Report on the bubonic plague in Bombay, 1896-1897
Year: 1896
Disease focus: Plague
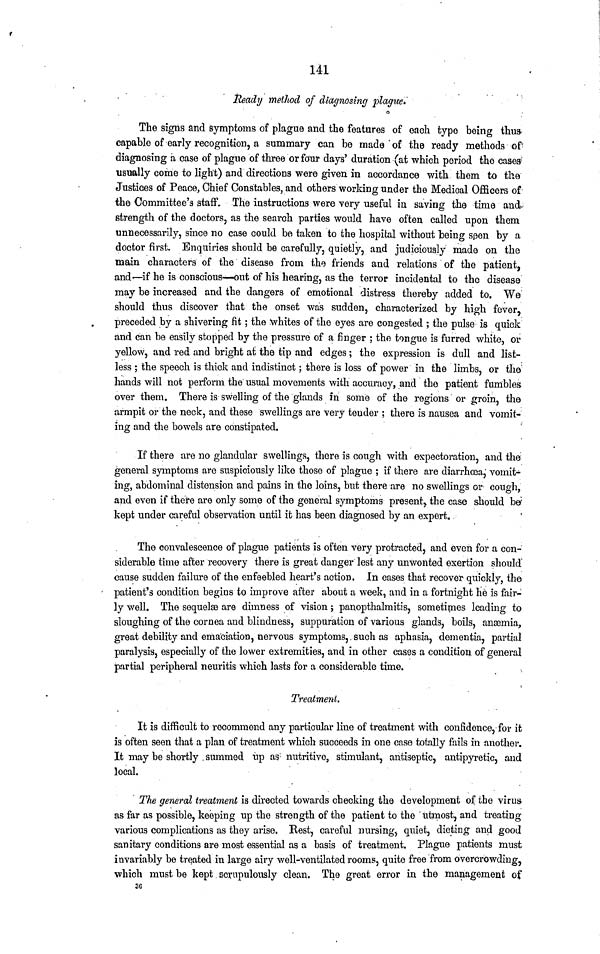
141
Ready method of diagnosing plague.
The signs and symptoms of plague and the features of each type being thus-
capable of early recognition, a summary can be made of the ready methods of
diagnosing a case of plague of three or four days' duration (at which period the cases
usually come to light) and directions were given in accordance with them to the
Justices of Peace, Chief Constables, and others working under the Medical Officers of
the Committee's staff. The instructions were very useful in saving the time and
strength of the doctors, as the search parties would have often called upon them
unnecessarily, since no case could be taken to the hospital without being seen by a
doctor first. Enquiries should be carefully, quietly, and judiciously made on the
main characters of the disease from the friends and relations of the patient,
and—if he is conscious—out of his hearing, as the terror incidental to the disease
may be increased and the dangers of emotional distress thereby added to. We
should thus discover that the onset was sudden, characterized by high fever,
preceded by a shivering fit ; the whites of the eyes are congested ; the pulse is quick
and can be easily stopped by the pressure of a finger ; the tongue is furred white, or
yellow, and red and bright at the tip and edges ; the expression is dull and list-
less ; the speech is thick and indistinct ; there is loss of power in the limbs, or the
hands will not perform the usual movements with accuracy, and the patient fumbles
over them. There is swelling of the glands in some of the regions or groin, the
armpit or the neck, and these swellings are very tender ; there is nausea and vomit-
ing and the bowels are constipated.
If there are no glandular swellings, there is cough with expectoration, and the
general symptoms are suspiciously like those of plague ; if there are diarrhœa, vomit-
ing, abdominal distension and pains in the loins, but there are no swellings or cough,
and even if there are only some of the general symptoms present, the case should be
kept under careful observation until it has been diagnosed by an expert.
The convalescence of plague patients is often very protracted, and even for a con-
siderable time after recovery there is great danger lest any unwonted exertion should
cause sudden failure of the enfeebled heart's action. In cases that recover quickly, the
patient's condition begins to improve after about a week, and in a fortnight he is fair-
ly well. The sequelae are dimness of vision ; panopthalmitis, sometimes leading to
sloughing of the cornea and blindness, suppuration of various glands, boils, anæmia,
great debility and emaciation, nervous symptoms, such as aphasia, dementia, partial
paralysis, especially of the lower extremities, and in other cases a condition of general
partial peripheral neuritis which lasts for a considerable time.
Treatment.
It is difficult to recommend any particular line of treatment with confidence, for it
is often seen that a plan of treatment which succeeds in one case totally fails in another.
It may be shortly summed up as nutritive, stimulant, antiseptic, antipyretic, and
local.
The general treatment is directed towards checking the development of the virus
as far as possible, keeping up the strength of the patient to the utmost, and treating
various complications as they arise. Rest, careful nursing, quiet, dieting and good
sanitary conditions are most essential as a basis of treatment. Plague patients must
invariably be treated in large airy well-ventilated rooms, quite free from overcrowding,
which must be kept scrupulously clean. The great error in the management of
30